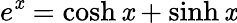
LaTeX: e^{\mathit{x}}=\cosh\mathit{x}+\sinh\mathit{x}